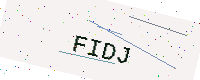
Text: FIDJ